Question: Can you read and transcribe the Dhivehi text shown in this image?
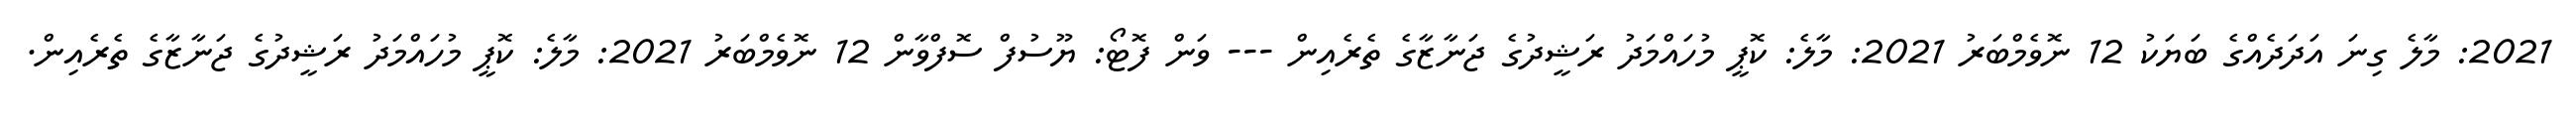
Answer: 2021: މާލެ ގިނަ އަދަދެއްގެ ބަޔަކު 12 ނޮވެމްބަރު 2021: މާލެ: ކޮޕީ މުހައްމަދު ރަޝީދުގެ ޖަނާޒާގެ ތެރެއިން --- ވަން ފޮޓޯ: ޔޫސުފް ސޮފްވާން 12 ނޮވެމްބަރު 2021: މާލެ: ކޮޕީ މުހައްމަދު ރަޝީދުގެ ޖަނާޒާގެ ތެރެއިން.